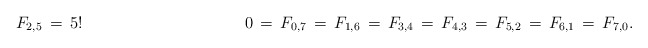
\begin{align*}F_{2,5}\,=\,5!\ \ \ \ \ \ \ \ \ \ \ \ \ \ \ \ \ \ \ \ \ \ \ \ \ \ \ \ \ \ 0\,=\,F_{0,7}\,=\,F_{1,6}\,=\,F_{3,4}\,=\,F_{4,3}\,=\,F_{5,2}\,=\,F_{6,1}\,=\,F_{7,0}.\end{align*}